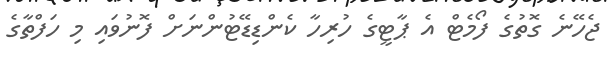
ޖެހޭނެ ގޮތުގެ ފޯމެޓް އެ ޕާޓީގެ ހުރިހާ ކެންޑިޑޭޓުންނަށް ފޮނުވައި މި ހަފްތާގެ